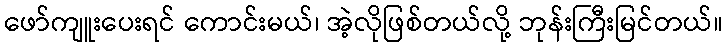
ဖော်ကျူးပေးရင် ကောင်းမယ်၊ အဲ့လိုဖြစ်တယ်လို့ ဘုန်းကြီးမြင်တယ်။